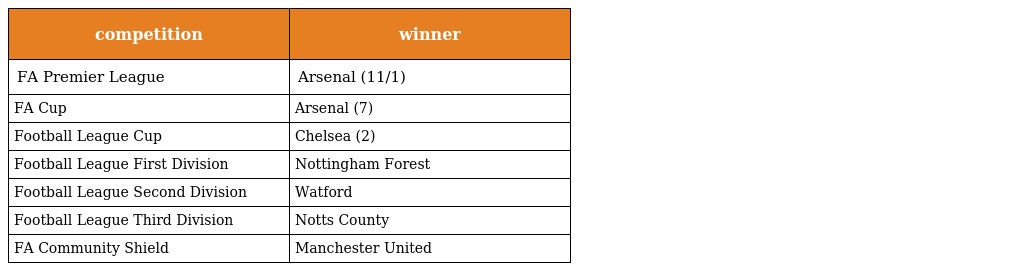
| competition | winner |
 | --- | --- |
 | FA Premier League | Arsenal (11/1) |
 | FA Cup | Arsenal (7) |
 | Football League Cup | Chelsea (2) |
 | Football League First Division | Nottingham Forest |
 | Football League Second Division | Watford |
 | Football League Third Division | Notts County |
 | FA Community Shield | Manchester United |